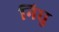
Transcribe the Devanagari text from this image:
निघु